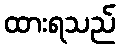
ထားရသည်